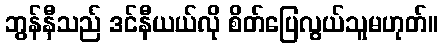
ဘွန်နီသည် ဒင်နီယယ်လို စိတ်ပြေလွယ်သူမဟုတ်။